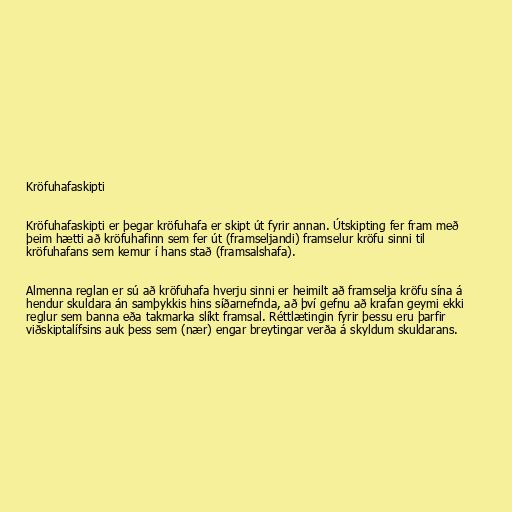
Kröfuhafaskipti

Kröfuhafaskipti er þegar kröfuhafa er skipt út fyrir annan. Útskipting fer fram með
þeim hætti að kröfuhafinn sem fer út (framseljandi) framselur kröfu sinni til
kröfuhafans sem kemur í hans stað (framsalshafa).

Almenna reglan er sú að kröfuhafa hverju sinni er heimilt að framselja kröfu sína á
hendur skuldara án samþykkis hins síðarnefnda, að því gefnu að krafan geymi ekki
reglur sem banna eða takmarka slíkt framsal. Réttlætingin fyrir þessu eru þarfir
viðskiptalífsins auk þess sem (nær) engar breytingar verða á skyldum skuldarans.